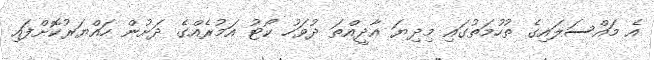
އެ މައްސަލައިގެ ތުހުމަތުގައި މިދިޔަ އާދީއްތަ ދުވަހު ކޯޓު އަމުރެއްގެ ދަށުން ހައްޔަރުކޮށްފައި